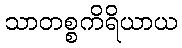
သာတစ္စကိရိယာယ